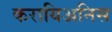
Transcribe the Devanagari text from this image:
करायिअनिस